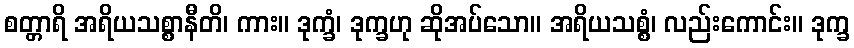
စတ္တာရိ အရိယသစ္စာနီတိ၊ ကား။ ဒုက္ခံ၊ ဒုက္ခဟု ဆိုအပ်သော။ အရိယသစ္စံ၊ လည်းကောင်း။ ဒုက္ခ